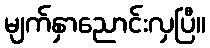
မျက်နှာညောင်းလှပြီ။